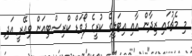
މި މެޗުގައި ޒިދާން އާއި އިޓަލީގެ ކުރީގެ ފޯވަޑް ކްރިސްޓިއަން ވިއޭރީ އަދި